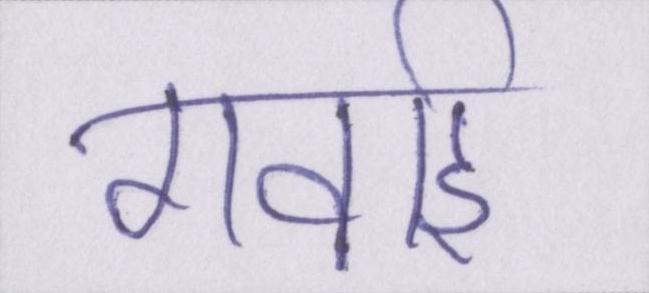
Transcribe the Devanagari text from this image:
गवाई